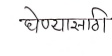
मजकूर: घेण्यासाठी